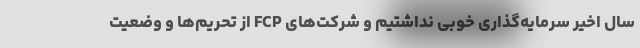
سال اخیر سرمایه‌گذاری خوبی نداشتیم و شرکت‌های FCP از تحریم‌ها و وضعیت